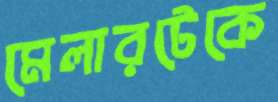
মেলারটেকে